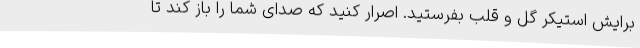
برایش استیکر گل و قلب بفرستید. اصرار کنید که صدای شما را باز کند تا